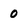
Character: 0